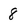
Character: 8